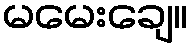
မမေးချေ။